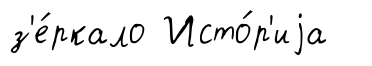
з'е́ркало Исто́р'иjа